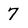
Character: 7